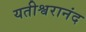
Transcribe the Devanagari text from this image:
यतीश्वरानंद